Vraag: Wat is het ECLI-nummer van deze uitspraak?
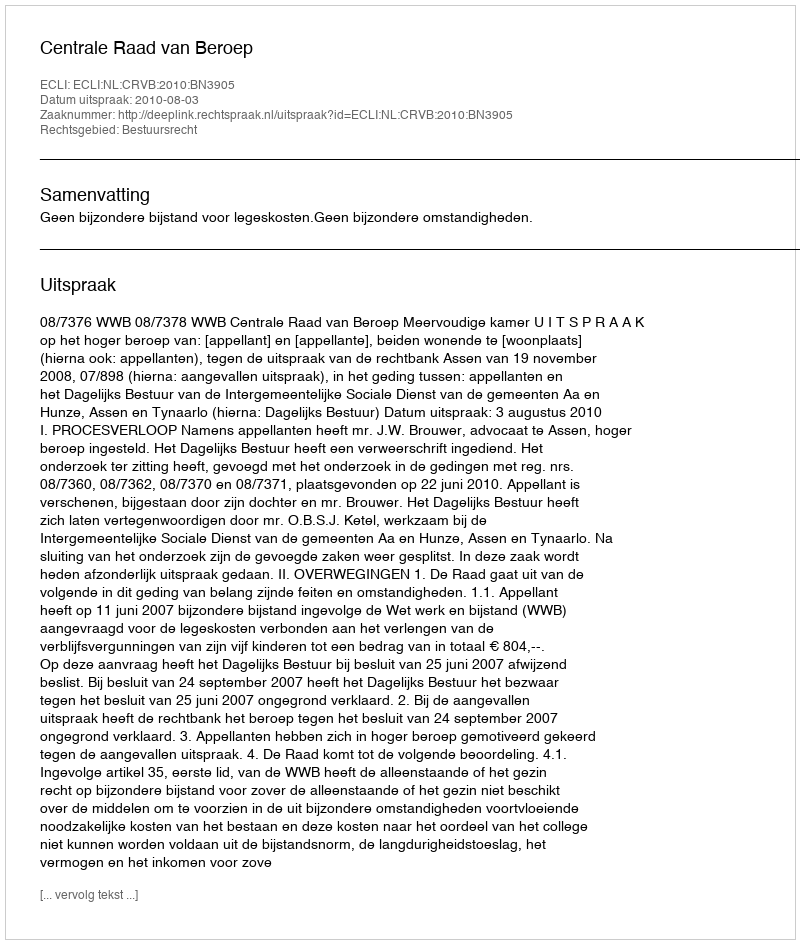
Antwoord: ECLI:NL:CRVB:2010:BN3905